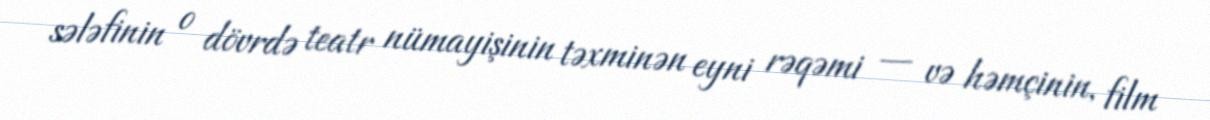
sələfinin o dövrdə teatr nümayişinin təxminən eyni rəqəmi — və həmçinin, film